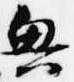
興